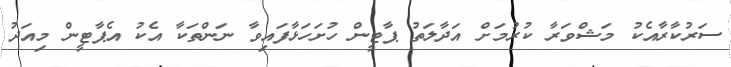
ސަރުކާރާއެކު މަޝްވަރާ ކުރުމަށް އަދާލަތު ޕާޓީން ހުށަހަޅާފައިވާ ނަންތަކާ އެކު އެޕާޓީން މިއަދު